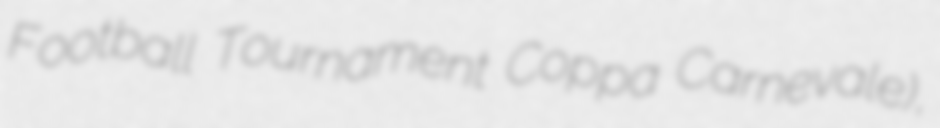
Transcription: Football Tournament Coppa Carnevale),